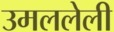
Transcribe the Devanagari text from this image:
उमललेली